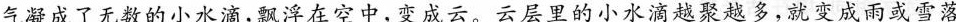
气凝成了无数的小水滴，飘浮在空中，变成云。云层里的小水滴越聚越多，就变成雨或雪落